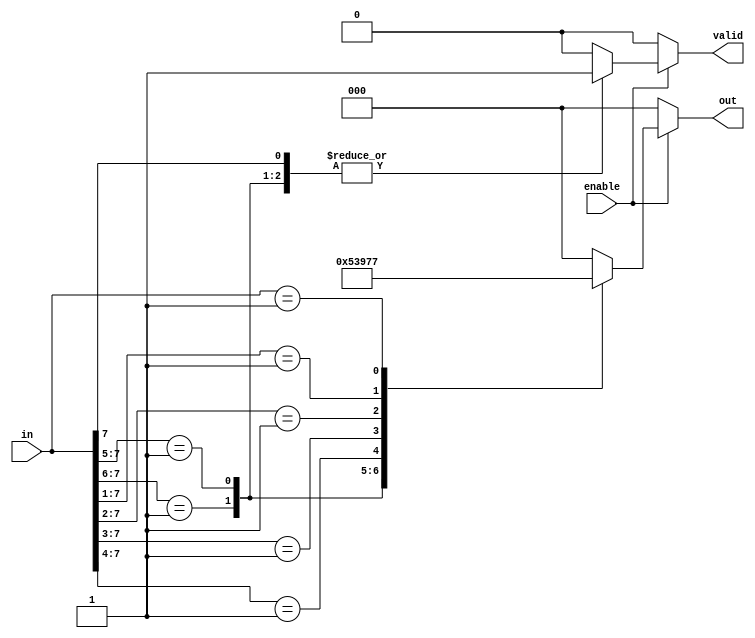
module multilevel_encoder (
    input wire [7:0] in,      // 8 input lines
    input wire enable,        // Enable signal
    output reg [2:0] out,     // 3 output lines (for binary encoding)
    output reg valid          // Valid output signal
);

    always @(*) begin
        if (!enable) begin
            out = 3'b000;      // Default state when not enabled
            valid = 1'b0;      // Invalid output
        end else begin
            casez (in)         // Use casez to handle don't care conditions
                8'b1??????? : begin out = 3'b000; valid = 1'b1; end // Input 0
                8'b01?????? : begin out = 3'b001; valid = 1'b1; end // Input 1
                8'b001????? : begin out = 3'b010; valid = 1'b1; end // Input 2
                8'b0001???? : begin out = 3'b011; valid = 1'b1; end // Input 3
                8'b00001??? : begin out = 3'b100; valid = 1'b1; end // Input 4
                8'b000001?? : begin out = 3'b101; valid = 1'b1; end // Input 5
                8'b0000001? : begin out = 3'b110; valid = 1'b1; end // Input 6
                8'b00000001 : begin out = 3'b111; valid = 1'b1; end // Input 7
                default: begin out = 3'b000; valid = 1'b0; end // No valid input
            endcase
        end
    end

endmodule